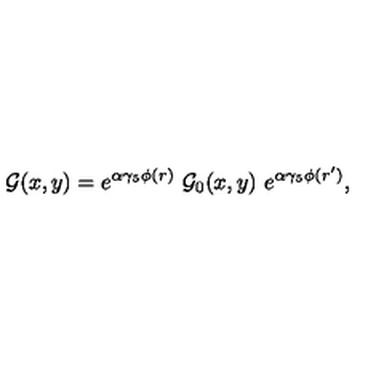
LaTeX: { \cal G } ( x , y ) = e ^ { \alpha \gamma _ { 5 } \phi ( r ) } \ { \cal G } _ { 0 } ( x , y ) \ e ^ { \alpha \gamma _ { 5 } \phi ( r ^ { \prime } ) } ,